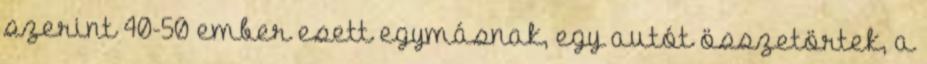
szerint 40-50 ember esett egymásnak, egy autót összetörtek, a